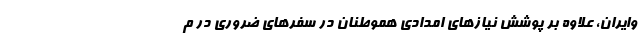
وایران، علاوه بر پوشش نیازهای امدادی هموطنان در سفرهای ضروری در م